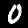
Label: 0